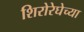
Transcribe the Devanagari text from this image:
शिरोरेघेच्या